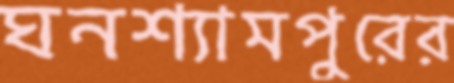
ঘনশ্যামপুরের